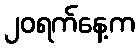
၂၀ရက်နေ့က